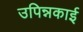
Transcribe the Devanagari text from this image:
उपिन्नकाई